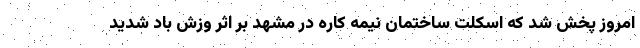
امروز پخش شد که اسکلت ساختمان نیمه کاره در مشهد بر اثر وزش باد شدید